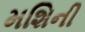
મશિની